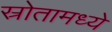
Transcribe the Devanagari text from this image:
स्रोतामध्ये